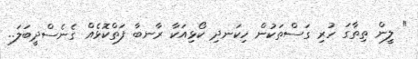
" ލީން ތިތާގަ ހުރި ގަސްތަކުން ހިކަނދި ކޯޅިއަކާ ރާނބާ ފަތްކޮޅެއް ގެނެސްދީބަލަ..